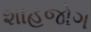
શાહજોગ